Report of the King Institute of Preventive Medicine, Guindy
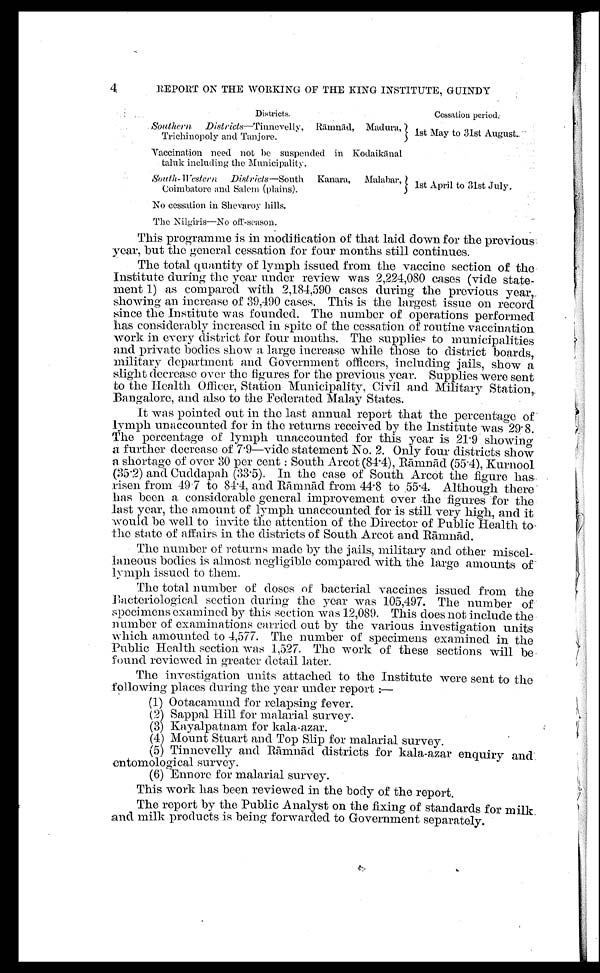
4
REPORT ON THE WORKING OF THE KING INSTITUTE, GUINDY
D i s t r i c t s .
Cessation period.
Southern Districts —Tinnevelly, Rāmnā d, Madura,
Trichinopoly and Tanjore.
1st May to 31st August
.
Vaccination need not be suspended in Kodaik ā nal
taluk including the Municipality.
South- Western Districts—South Kanara, Malabar,
Coimbatore and Salem (plains).
1st April to 31st July.
No cessation in Shevaroy hills.
The Nilgiris—No off-season.
This programme is in modification of that laid down for the previous
year, but the general cessation for four months still continues.
The total quantity of lymph issued from the vaccine section of the
Institute during the year under review was 2,224,080 cases (vide state
-ment 1) as compared with 2,184,590 cases during the previous year,
showing an increase of 39,490 cases. This is the largest issue on record
since the Institute was founded. The number of operations performed
has considerably increased in spite of the cessation of routine vaccination
work in every district for four months. The supplies to municipalities
and private bodies show a large increase while those to district boards,
military department and Government officers, including jails, show a
slight decrease over the figures for the previous year. Supplies were sent
to the Health Officer, Station Municipality, Civil and Military Station,
Bangalore, and also to the Federated Malay States.
It was pointed out in the last annual report that the percentage of
lymph unaccounted for in the returns received by the Institute was 29.8.
The percentage of lymph unaccounted for this year is 21.9 showing
a further decrease of 7.9—vide statement No. 2. Only four districts show
a shortage of over 30 per cent : South Arcot (84.4), R ā mnā d (55.4), Kurnool
(35 . 2) and Cuddapah (33.5). In the case of South Arcot the figure has
risen from 49 . 7 to 84.4, and Rā mnā d from 44.8 to 55.4. Although there
has been a considerable general improvement over the figures for the
lymph
year, the amount of Iymph unaccounted for is still very high, and it
would be well to invite the attention of the Director of Public Health to
the state of affairs in the districts of South Arcot and R ā mnā d.
The number of returns made by the jails, military and other miscel
-laneous bodies is almost negligible compared with the large amounts of
lymph issued to them.
The total number of doses of bacterial vaccines issued from the
Bacteriological section during the year was 105,497. The number of
specimens examined by this section was 12,089. This does not include the
number of examinations carried out by the various investigation units
which amounted to 4,577. The number of specimens examined in the
Public Health section was 1,527. The work of these sections will be
found reviewed in greater detail later.
The investigation units attached to the Institute were sent to the
following places during the year under report :
—
( 1 ) O o t a c a m u n d f o r r e l a p s i n g f e v e r .
( 2 ) S a p p a l H i l l f o r m a l a r i a l s u r v e y .
( 3 ) K a y a l p a t n a m f o r k a l a - a z a r .
( 4 ) M o u n t S t u a r t a n d T o p S l i p f o r m a l a r i a l s u r v e y .
(5) Tinnevelly and R ā mnā d districts for kala-azar enquiry and
entomological survey.
(6) Ennore for malarial survey.
This work has been reviewed in the body of the report.
The report by the Public Analyst on the fixing of standards for milk
and milk products is being forwarded to Government separately.